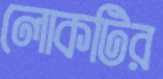
লোকটির